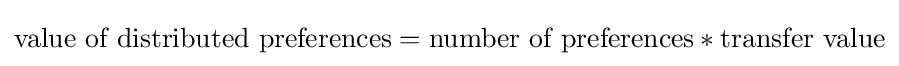
{\mbox{value of distributed preferences}}={\mbox{number of preferences}}*{\mbox{transfer value}}